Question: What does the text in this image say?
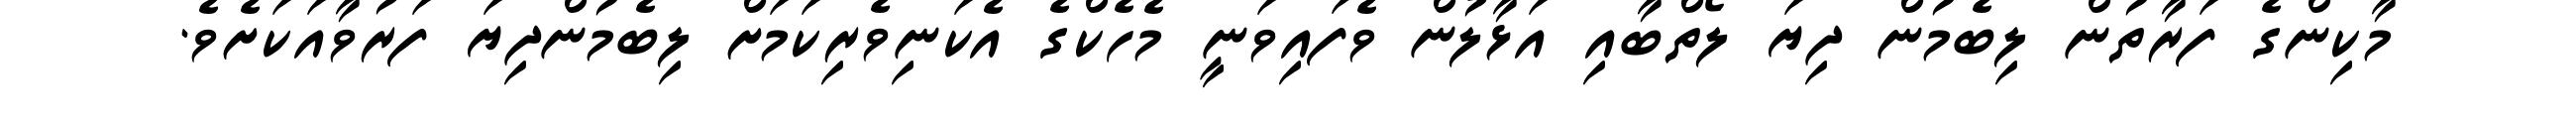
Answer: މާކިންގެ ފަރާތުން ލިބެމުން ދިޔަ ލޯތްބާއި އަޅާލުން ވެފައިވަނީ މެހެކްގެ އެކަނިވެރިކަމަށް ލިބެމުންދިޔަ ފަރުވާއަކަށެވެ.